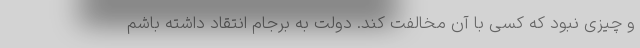
و چیزی نبود که کسی با آن مخالفت کند. دولت به برجام انتقاد داشته باشم